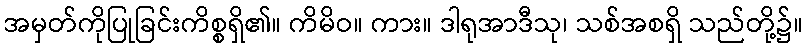
အမှတ်ကိုပြုခြင်းကိစ္စရှိ၏။ ကိမိဝ။ ကား။ ဒါရုအာဒီသု၊ သစ်အစရှိ သည်တို့၌။